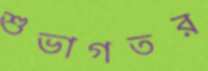
শুভাগতর